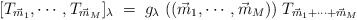
\begin{align*}[ T_{\vec m_1},\cdots, T_{\vec m_M} ]_\lambda\;=\; g_\lambda\;(( \vec m_1,\cdots, \vec m_M))\;T_{\vec m_1 +\cdots + \vec m_M}\end{align*}